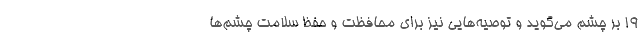
۱۹ بر چشم می‌گوید و توصیه‌هایی نیز برای محافظت و حفظ سلامت چشم‌ها